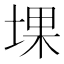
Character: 堁